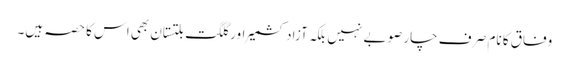
وفاق کا نام صر ف چار صوبے نہیں بلکہ آزادکشمیر اور گلگت بلتستان بھی اس کا حصہ ہیں۔